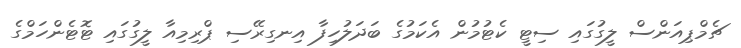
ޗެމްޕިއަންސް ލީގުގައި ސިޓީ ކެޓުމުން އެކަމުގެ ބަދަލުހިފާ އިނގިރޭސި ޕްރިމިއާ ލީގުގައި ޓޮޓެންހަމްގެ